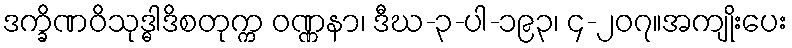
ဒက္ခိဏဝိသုဒ္ဓါဒိစတုက္က ဝဏ္ဏနာ၊ ဒီဃ-၃-ပါ-၁၉၃၊ ၄-၂၀၇။အကျိုးပေး